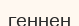
геннен